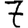
Digit: 7